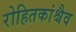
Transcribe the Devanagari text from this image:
रोहितकांश्चैव